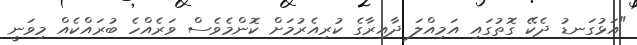
"އަޅުގަނޑު ދެކޭ ގޮތުގައި އަމިއްލަ ދާއިރާގެ ކުރިއެރުމަށް ކޮންމެވެސް ވަރެއްހެ ބުރައްކެއް މިވަނީ